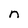
Character: n